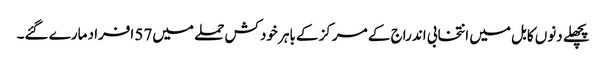
پچھلے دنوں کابل میں انتخابی اندراج کے مرکز کے باہر خودکش حملے میں57 افراد مارے گئے۔